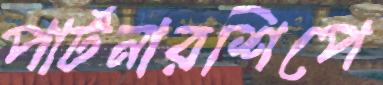
পার্টনারশিপে